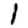
Digit: 1